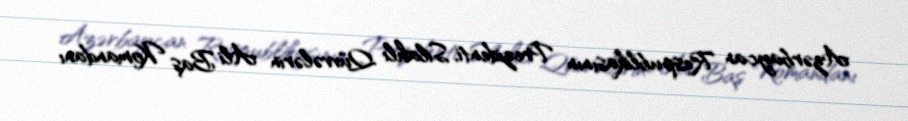
Azərbaycan Respublikasının Prezidenti, Silahlı Qüvvələrin Ali Baş Komandanı